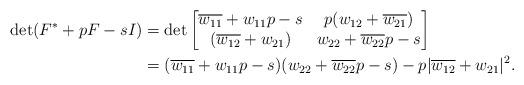
LaTeX: \begin{align*}\det(F^*+pF-sI)&= \det\begin{bmatrix} \overline{w_{11}}+ w_{11} p-s& p(w_{12}+\overline{w_{21}})\\ (\overline{w_{12}}+w_{21})& w_{22}+ \overline{w_{22}}p -s\end{bmatrix}\\&=(\overline{w_{11}}+ w_{11} p-s)(w_{22}+ \overline{w_{22}}p -s)-p|\overline{w_{12}}+w_{21}|^2.\end{align*}